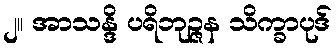
၂။ အာသန္ဒိ ပရိဘုဉ္ဇန သိက္ခာပုဒ်